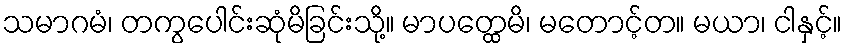
သမာဂမံ၊ တကွပေါင်းဆုံမိခြင်းသို့။ မာပတ္ထေမိ၊ မတောင့်တ။ မယာ၊ ငါနှင့်။